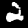
Digit: 2